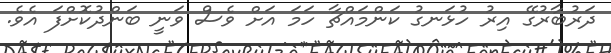
ދަރުބާރުގޭ އިރު ހުޅަނގު ކަންމައްޗާ ހަމަ އަށް ވެސް ވަނީ ބަންދުކޮށްފަ އެވެ.